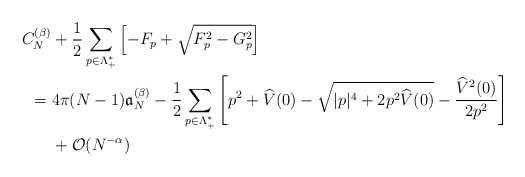
\begin{align*} C_N^{(\beta)}&+\frac{1}{2} \sum_{p \in \Lambda_+^*}\left[ -F_p+\sqrt{F_p^2-G_p^2} \right]\\=\;&4\pi (N-1)\mathfrak{a}_N^{(\beta)}-\frac{1}{2}\sum_{p\in \Lambda_+^*}\left[ p^2+\widehat V(0)-\sqrt{|p|^4+2p^2 \widehat{V}(0)}-\frac{\widehat{V}^2(0)}{2p^2}\right]\\&+\mathcal{O}(N^{-\alpha})\end{align*}